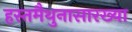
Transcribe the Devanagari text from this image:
हस्तमैथुनासारख्या